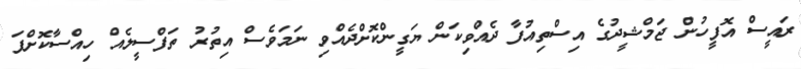
ރައީސް އޮފީހުން ޖަމްޝީދުގެ އިސްތިއުފާ ދެއްވިކަން ޔަގީންކޮށްދެއްވި ނަމަވެސް އިތުރު ތަފްސީލެއް ހިއްސާކޮށްފަ